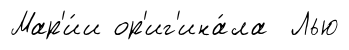
Мар'и́и ор'иг'ина́ла Лью